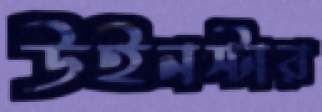
উইনস্টার